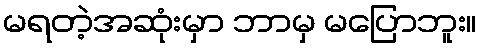
မရတဲ့အဆုံးမှာ ဘာမှ မပြောဘူး။